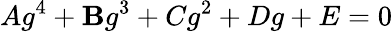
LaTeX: Ag^{4}+\mathbf{B}g^{3}+Cg^{2}+Dg+E=0